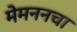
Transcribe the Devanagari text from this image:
मेमननचा